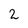
Character: 2